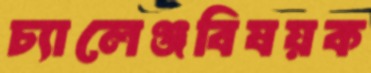
চ্যালেঞ্জবিষয়ক